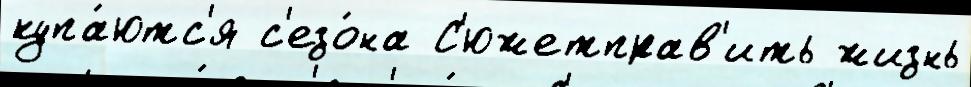
купа́ютс'я с'езо́на С'южетправ'ить жизнь